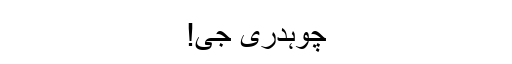
چوہدری جی!